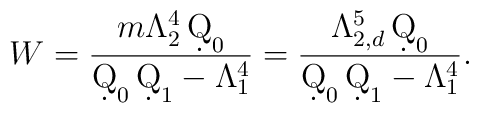
W = \frac{m\Lambda_2^4 \,\d Q_0}{\d Q_0\,\d Q_1 - \Lambda_1^4} = \frac{\Lambda_{2,d}^5 \,\d Q_0}{\d Q_0\,\d Q_1 - \Lambda_1^4}.